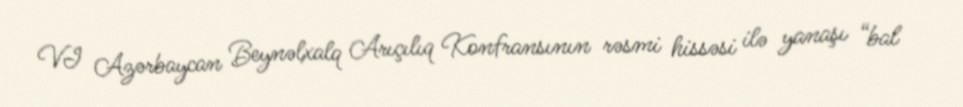
VI Azərbaycan Beynəlxalq Arıçılıq Konfransının rəsmi hissəsi ilə yanaşı “bal